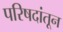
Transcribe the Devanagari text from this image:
परिषदांतून